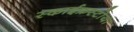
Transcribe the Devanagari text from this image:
स्काईफ्रस्टोया